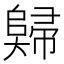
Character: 𡚖